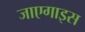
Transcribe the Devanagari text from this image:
जाएगाइस